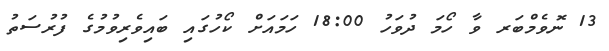
13 ނޮވެމްބަރ ވާ ހޯމަ ދުވަހު 18:00 ހަމައަށް ކޯހުގައި ބައިވެރިވުމުގެ ފުރުސަތު